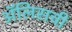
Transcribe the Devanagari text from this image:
ॲलिसची